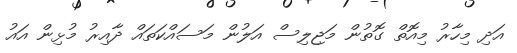
އަދި މިހާރު މިއޮތް ގޮތުން މަޖިލިސް އަލުން މަސައްކަތައް ދާއިރު މުޅިން އައު